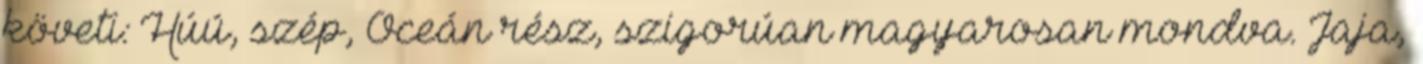
követi: Húú, szép, Óceán rész, szigorúan magyarosan mondva. Jaja,